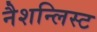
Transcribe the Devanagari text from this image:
नैशन्लिस्ट